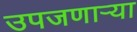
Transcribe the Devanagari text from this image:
उपजणाऱ्या